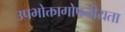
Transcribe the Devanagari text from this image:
उपभोक्तागोपनीयता